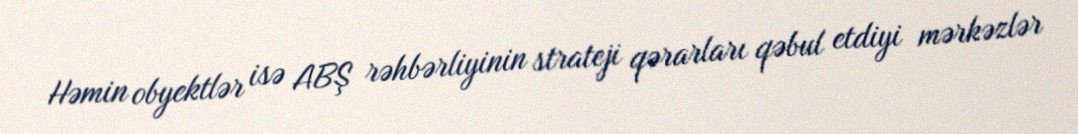
Həmin obyektlər isə ABŞ rəhbərliyinin strateji qərarları qəbul etdiyi mərkəzlər